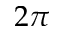
2 \pi